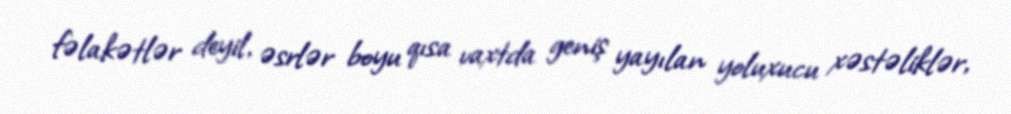
fəlakətlər deyil, əsrlər boyu qısa vaxtda geniş yayılan yoluxucu xəstəliklər,